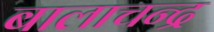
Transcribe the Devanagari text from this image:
बालाचन्द्र